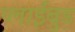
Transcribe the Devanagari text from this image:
प्लाईबुड